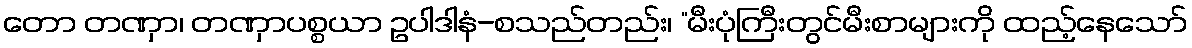
တော တဏှာ၊ တဏှာပစ္စယာ ဥပါဒါနံ-စသည်တည်း၊ “မီးပုံကြီးတွင်မီးစာများကို ထည့်နေသော်